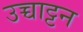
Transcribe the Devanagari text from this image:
उच्चाट्टन